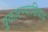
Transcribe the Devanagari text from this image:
पुकारण्याशिवाय